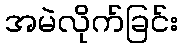
အမဲလိုက်ခြင်း